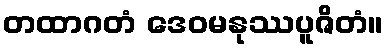
တထာဂတံ ဒေဝမနုဿပူဇိတံ။